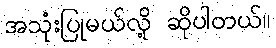
အသုံးပြုမယ်လို့ ဆိုပါတယ်။